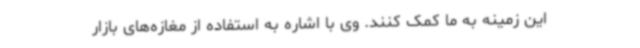
این زمینه به ما کمک کنند. وی با اشاره به استفاده از مغازه‌های بازار